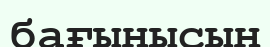
бағынысын